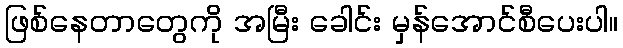
ဖြစ်နေတာတွေကို အမြီး ခေါင်း မှန်အောင်စီပေးပါ။